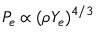
P _ { e } \propto ( \rho Y _ { e } ) ^ { 4 / 3 }